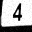
Digit: 4